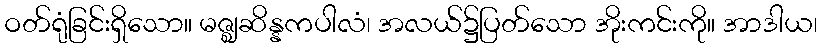
ဝတ်ရုံခြင်းရှိသော။ မဇ္ဈဆိန္နကပါလံ၊ အလယ်၌ပြတ်သော အိုးကင်းကို။ အာဒါယ၊